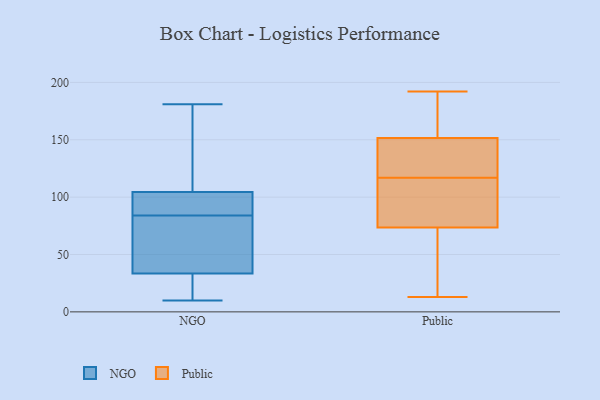
{"axis": {"x": "LTV (USD)", "y": "Value"}, "legend": ["NGO", "Public"], "data": [{"x": "", "y": 96, "type": "NGO"}, {"x": "", "y": 89, "type": "NGO"}, {"x": "", "y": 35, "type": "NGO"}, {"x": "", "y": 17, "type": "NGO"}, {"x": "", "y": 154, "type": "NGO"}, {"x": "", "y": 97, "type": "NGO"}, {"x": "", "y": 173, "type": "NGO"}, {"x": "", "y": 84, "type": "NGO"}, {"x": "", "y": 59, "type": "NGO"}, {"x": "", "y": 105, "type": "NGO"}, {"x": "", "y": 32, "type": "NGO"}, {"x": "", "y": 21, "type": "NGO"}, {"x": "", "y": 148, "type": "NGO"}, {"x": "", "y": 181, "type": "NGO"}, {"x": "", "y": 63, "type": "NGO"}, {"x": "", "y": 10, "type": "NGO"}, {"x": "", "y": 65, "type": "NGO"}, {"x": "", "y": 33, "type": "NGO"}, {"x": "", "y": 103, "type": "NGO"}, {"x": "", "y": 74, "type": "Public"}, {"x": "", "y": 192, "type": "Public"}, {"x": "", "y": 108, "type": "Public"}, {"x": "", "y": 13, "type": "Public"}, {"x": "", "y": 151, "type": "Public"}, {"x": "", "y": 147, "type": "Public"}, {"x": "", "y": 17, "type": "Public"}, {"x": "", "y": 126, "type": "Public"}, {"x": "", "y": 31, "type": "Public"}, {"x": "", "y": 136, "type": "Public"}, {"x": "", "y": 152, "type": "Public"}, {"x": "", "y": 170, "type": "Public"}, {"x": "", "y": 80, "type": "Public"}, {"x": "", "y": 107, "type": "Public"}, {"x": "", "y": 73, "type": "Public"}, {"x": "", "y": 192, "type": "Public"}]}